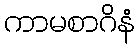
ကာမစာဂိနံ